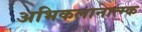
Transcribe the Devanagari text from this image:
अभिकलानात्म्क